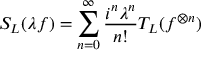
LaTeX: S _ { \cal L } ( \lambda f ) = \sum _ { n = 0 } ^ { \infty } \frac { i ^ { n } \lambda ^ { n } } { n ! } T _ { \cal L } ( f ^ { \otimes n } )